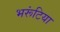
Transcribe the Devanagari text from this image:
भरूंटिया